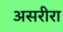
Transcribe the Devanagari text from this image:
असरीरा